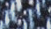
مسبقا